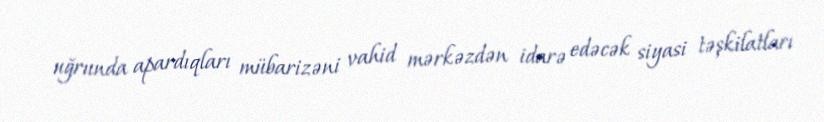
uğrunda apardıqları mübarizəni vahid mərkəzdən idarə edəcək siyasi təşkilatları